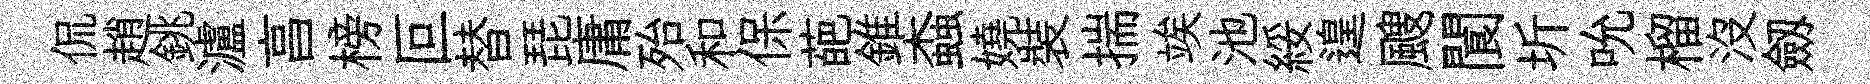
侃趙銚瀘亯榜叵替琵庸殆和保葩錐螙嬈裝揣竢池綏遑颼閬圻吮榴沒劔